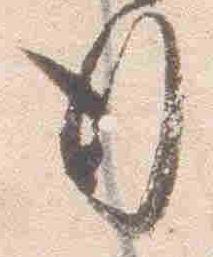
行